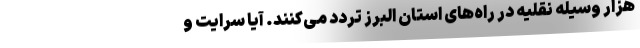
هزار وسیله نقلیه در راه‌های استان البرز تردد می‌کنند. آیا سرایت و